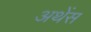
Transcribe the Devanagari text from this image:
अथेंस